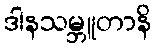
ဒါနသမ္ဘူတာနိ